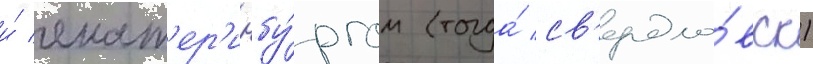
и́ екат'ер'инбу́ргом (тогда́ св'ердло́вск)